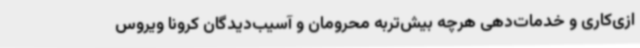
ازی‌کاری و خدمات‌دهی هرچه بیش‌تربه محرومان و آسیب‌دیدگان کرونا ویروس